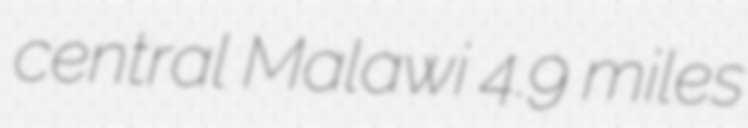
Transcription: central Malawi 4.9 miles